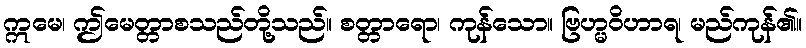
ဣမေ၊ ဤမေတ္တာစသည်တို့သည်။ စတ္တာရော၊ ကုန်သော။ ဗြဟ္မဝိဟာရ၊ မည်ကုန်၏။